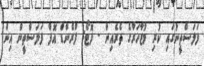
ފަލަސްތީނުގައި ކުރި މުޒާހަރާގެ ތެރެއިން - ފޮޓޯ: ފްރެންޑް އޮފް ފަލަސްތީން އިން